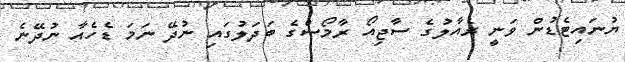
ޔުނައިޓެޑުން ވަނީ ރެއާލުގެ ސާޖިއޯ ރާމޯސްގެ ބަދަލުގައި ނުދޭ ނަމަ ޑެހެއާ ނުދޭނެ